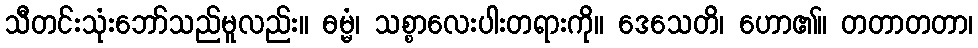
သီတင်းသုံးဘော်သည်မူလည်း။ ဓမ္မံ၊ သစ္စာလေးပါးတရားကို။ ဒေသေတိ၊ ဟော၏။ တတာတတာ၊